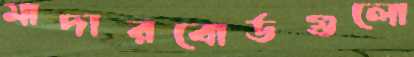
মাদারবোর্ডগুলো